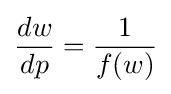
{\frac {dw}{dp}}={\frac {1}{f(w)}}